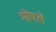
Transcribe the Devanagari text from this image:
भोंषले